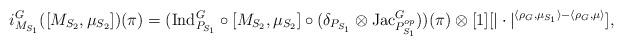
LaTeX: \begin{align*}i^G_{M_{S_1}}([M_{S_2}, \mu_{S_2}])(\pi)= (\mathrm{Ind}^G_{P_{S_1}} \circ [M_{S_2}, \mu_{S_2}] \circ ( \delta_{P_{S_1}} \otimes \mathrm{Jac}^G_{P^{op}_{S_1}}))(\pi) \otimes [1][| \cdot |^{\langle \rho_G, \mu_{S_1} \rangle - \langle \rho_G, \mu \rangle} ],\end{align*}